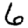
Digit: 6